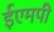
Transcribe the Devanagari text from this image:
ईएमपी